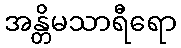
အန္တိမသာရီရော